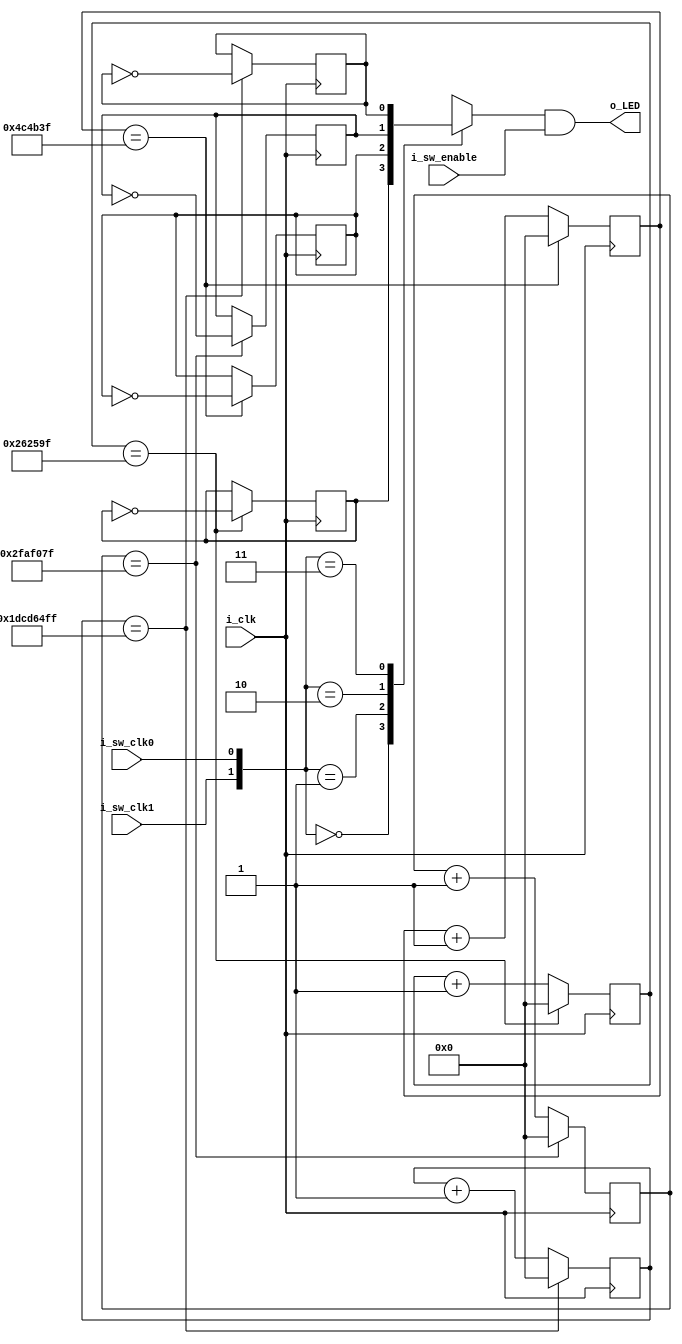
`timescale 1ns / 1ps
//////////////////////////////////////////////////////////////////////////////////
// Company: 
// Engineer: 
// 
// Design Name: 
// Module Name: blink_led
// Project Name: 
// Target Devices: 
// Tool Versions: 
// Description: 
// 
// Dependencies: 
// 
// Revision:
// Revision 0.01 - File Created
// Additional Comments:
// 
//////////////////////////////////////////////////////////////////////////////////

/* Design Parameters
input i_sw_enable: if 1, LED will pulse based on clock. If 0, LED will remain OFF (0)
input i_sw_clk1/0: 2 bits determine different clk speed
input i_clk: 100MHZ clk generated by FPGA
output o_LED: output LED port
*/

module blink_led(
    input i_sw_enable,
    input i_sw_clk1, 
    input i_sw_clk0,
    input i_clk,
    output o_LED
    );
    
    //parameters set to count up for LED light toggle
    //input clock will be 100MHZ
    //Formula is: (FPGA clk frequency / LED frequency) * duty cycle. Assumed 50% duty cycle
    parameter c_CNT_2000mHZ = 2500000;
    parameter c_CNT_1000mHZ = 5000000;
    parameter c_CNT_100mHZ  = 50000000;
    parameter c_CNT_10mHZ   = 500000000;
    
    //Frequency count registers to store count data as it increments from clock pulses
    reg [31:0] r_CNT_2000mHZ;
    reg [31:0] r_CNT_1000mHZ;
    reg [31:0] r_CNT_100mHZ;
    reg [31:0] r_CNT_10mHZ;
    
    //register toggled at set frequencies, and will be MUX'ed to r_LED_SELECT with select lines i_sw_clk0/1
    reg        r_TOGGLE_2000mHZ = 1'b0;
    reg        r_TOGGLE_1000mHZ = 1'b0;
    reg        r_TOGGLE_100mHZ = 1'b0;
    reg        r_TOGGLE_10mHZ = 1'b0;
    
    //One bit select output to be AND'ed with enable pin to LED output. Default output set to 0
    reg        r_LED_SELECT = 1'b0;
        
    always @ (posedge i_clk)
    begin
        if (r_CNT_2000mHZ == c_CNT_2000mHZ - 1) //Counter begins at 0, so -1 needed
            begin
                r_TOGGLE_2000mHZ <= !r_TOGGLE_2000mHZ; //inverts toggle register, in turn inverting LED output if selected
                r_CNT_2000mHZ <= 0; //resets counter to 0 when reached param max
            end
        else 
            r_CNT_2000mHZ <= r_CNT_2000mHZ +1; //Increments counter by 1 if not at max
    
        if (r_CNT_1000mHZ == c_CNT_1000mHZ - 1) //Counter begins at 0, so -1 needed
            begin
                r_TOGGLE_1000mHZ <= !r_TOGGLE_1000mHZ; //inverts toggle register, in turn inverting LED output if selected
                r_CNT_1000mHZ <= 0; //resets counter to 0 when reached param max
            end
        else 
            r_CNT_1000mHZ <= r_CNT_1000mHZ +1; //Increments counter by 1 if not at max
    

        if (r_CNT_100mHZ == c_CNT_100mHZ - 1) //Counter begins at 0, so -1 needed
            begin
                r_TOGGLE_100mHZ <= !r_TOGGLE_100mHZ; //inverts toggle register, in turn inverting LED output if selected
                r_CNT_100mHZ <= 0; //resets counter to 0 when reached param max
            end
        else 
            r_CNT_100mHZ <= r_CNT_100mHZ +1; //Increments counter by 1 if not at max


        if (r_CNT_10mHZ == c_CNT_10mHZ - 1) //Counter begins at 0, so -1 needed
            begin
                r_TOGGLE_10mHZ <= !r_TOGGLE_10mHZ; //inverts toggle register, in turn inverting LED output if selected
                r_CNT_10mHZ <= 0; //resets counter to 0 when reached param max
            end
        else 
            r_CNT_10mHZ <= r_CNT_10mHZ +1; //Increments counter by 1 if not at max
    end
    
    
    always @* //* covers when any toggle register, sw_clk, or r_LED_SELECT updates
    begin
        case({i_sw_clk1, i_sw_clk0})
            2'b00: r_LED_SELECT <= r_TOGGLE_2000mHZ;
            2'b01: r_LED_SELECT <= r_TOGGLE_1000mHZ;
            2'b10: r_LED_SELECT <= r_TOGGLE_100mHZ;
            2'b11: r_LED_SELECT <= r_TOGGLE_10mHZ;
        endcase
    end
    
    //Assigns output LED, AND'ed with the selected LED from switch cases, and the enable switch
    assign o_LED = r_LED_SELECT && i_sw_enable; 

endmodule